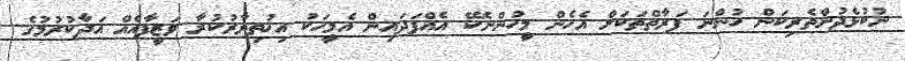
ނުކުޅެދުންތެރިކަން ހުންނަ ފަރާތްތަކަށް އެހެން މީހުންނެކޭ އެއްފަދައިން އެމީހަކު އިޚުތިޔާރުކުރާ ވަޒީފާއެއް އަދާކުރުމުގެ